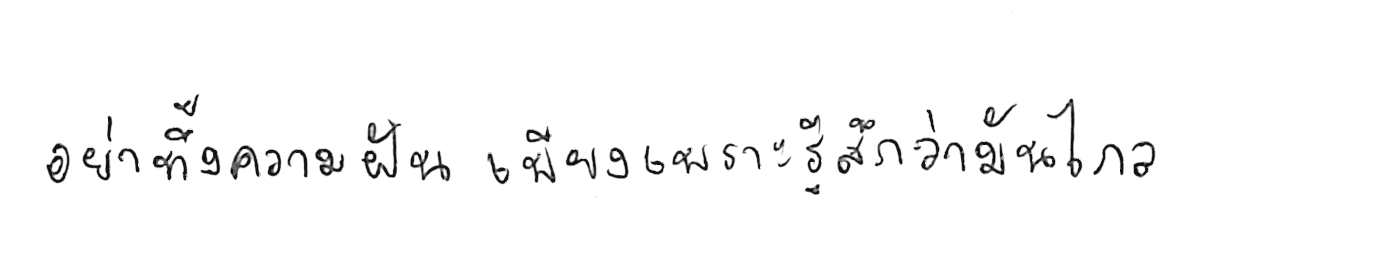
อย่าทิ้งความฝัน เพียงเพราะรู้สึกว่ามันไกล